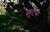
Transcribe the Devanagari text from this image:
फ्रुटस